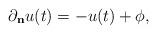
LaTeX: \begin{align*}\partial_{\mathbf{n}}u(t) = -u(t) + \phi,\end{align*}